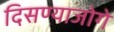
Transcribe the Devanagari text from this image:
दिसण्याजोगे